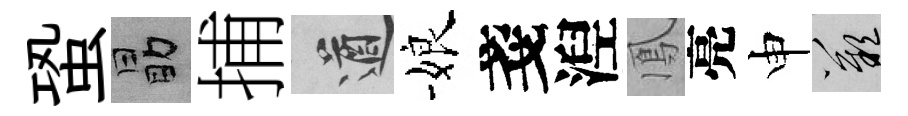
蛩勗捕遒娘戔湼鳳亮申嘆